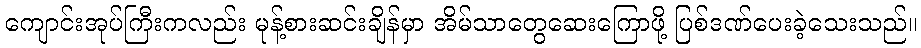
ကျောင်းအုပ်ကြီးကလည်း မုန့်စားဆင်းချိန်မှာ အိမ်သာတွေဆေးကြောဖို့ ပြစ်ဒဏ်ပေးခဲ့သေးသည်။